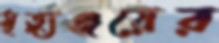
মৃত্যুঞ্জয়ের